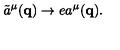
\tilde { a } ^ { \mu } ( { \mathbf { q } } ) \rightarrow e a ^ { \mu } ( { \mathbf { q } } ) .